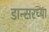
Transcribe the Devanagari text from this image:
डान्सरच्या